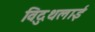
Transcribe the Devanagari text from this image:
विदुथलाई